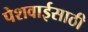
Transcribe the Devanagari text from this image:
पेशवाईसाठी